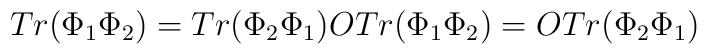
Tr(\Phi_1\Phi_2) = Tr(\Phi_2\Phi_1)\\                 OTr(\Phi_1\Phi_2) = OTr(\Phi_2\Phi_1)